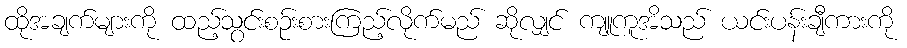
ထိုအချက်များကို ထည့်သွင်းစဉ်းစားကြည့်လိုက်မည် ဆိုလျှင် ကျူကူအိသည် ယင်းပန်းချီကားကို